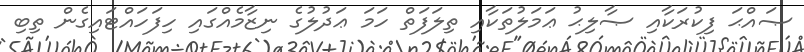
ޞައްޙަ ފިކުރަކާއި ޞާލިޙު ޢަމަލުތަކާއި ތިލަފަތް ހަމަ ޢަދުލުގެ ނިޒާމެއްގައި ހިފަހައްޓައިގެން ތިބި